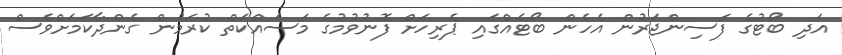
އަދި ބޯޓުގެ ފަސިންޖަރުން އެހެން ބޯޓެއްގައި ޕެރިހަށް ފޮނުވުމުގެ މަސައްކަތް ކުރަމުން ގެންދާކަމަށްވެސް